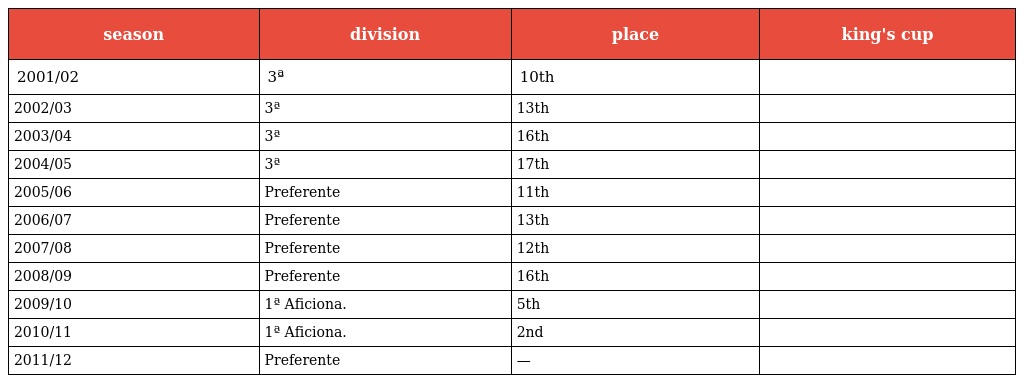
| season | division | place | king's cup |
 | --- | --- | --- | --- |
 | 2001/02 | 3ª | 10th |  |
 | 2002/03 | 3ª | 13th |  |
 | 2003/04 | 3ª | 16th |  |
 | 2004/05 | 3ª | 17th |  |
 | 2005/06 | Preferente | 11th |  |
 | 2006/07 | Preferente | 13th |  |
 | 2007/08 | Preferente | 12th |  |
 | 2008/09 | Preferente | 16th |  |
 | 2009/10 | 1ª Aficiona. | 5th |  |
 | 2010/11 | 1ª Aficiona. | 2nd |  |
 | 2011/12 | Preferente | — |  |